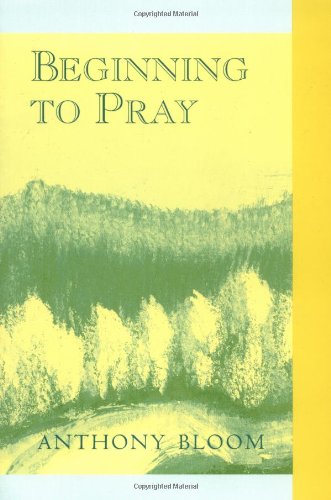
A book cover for Beginning to Pray; Anthony Bloom; Religion & Spirituality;